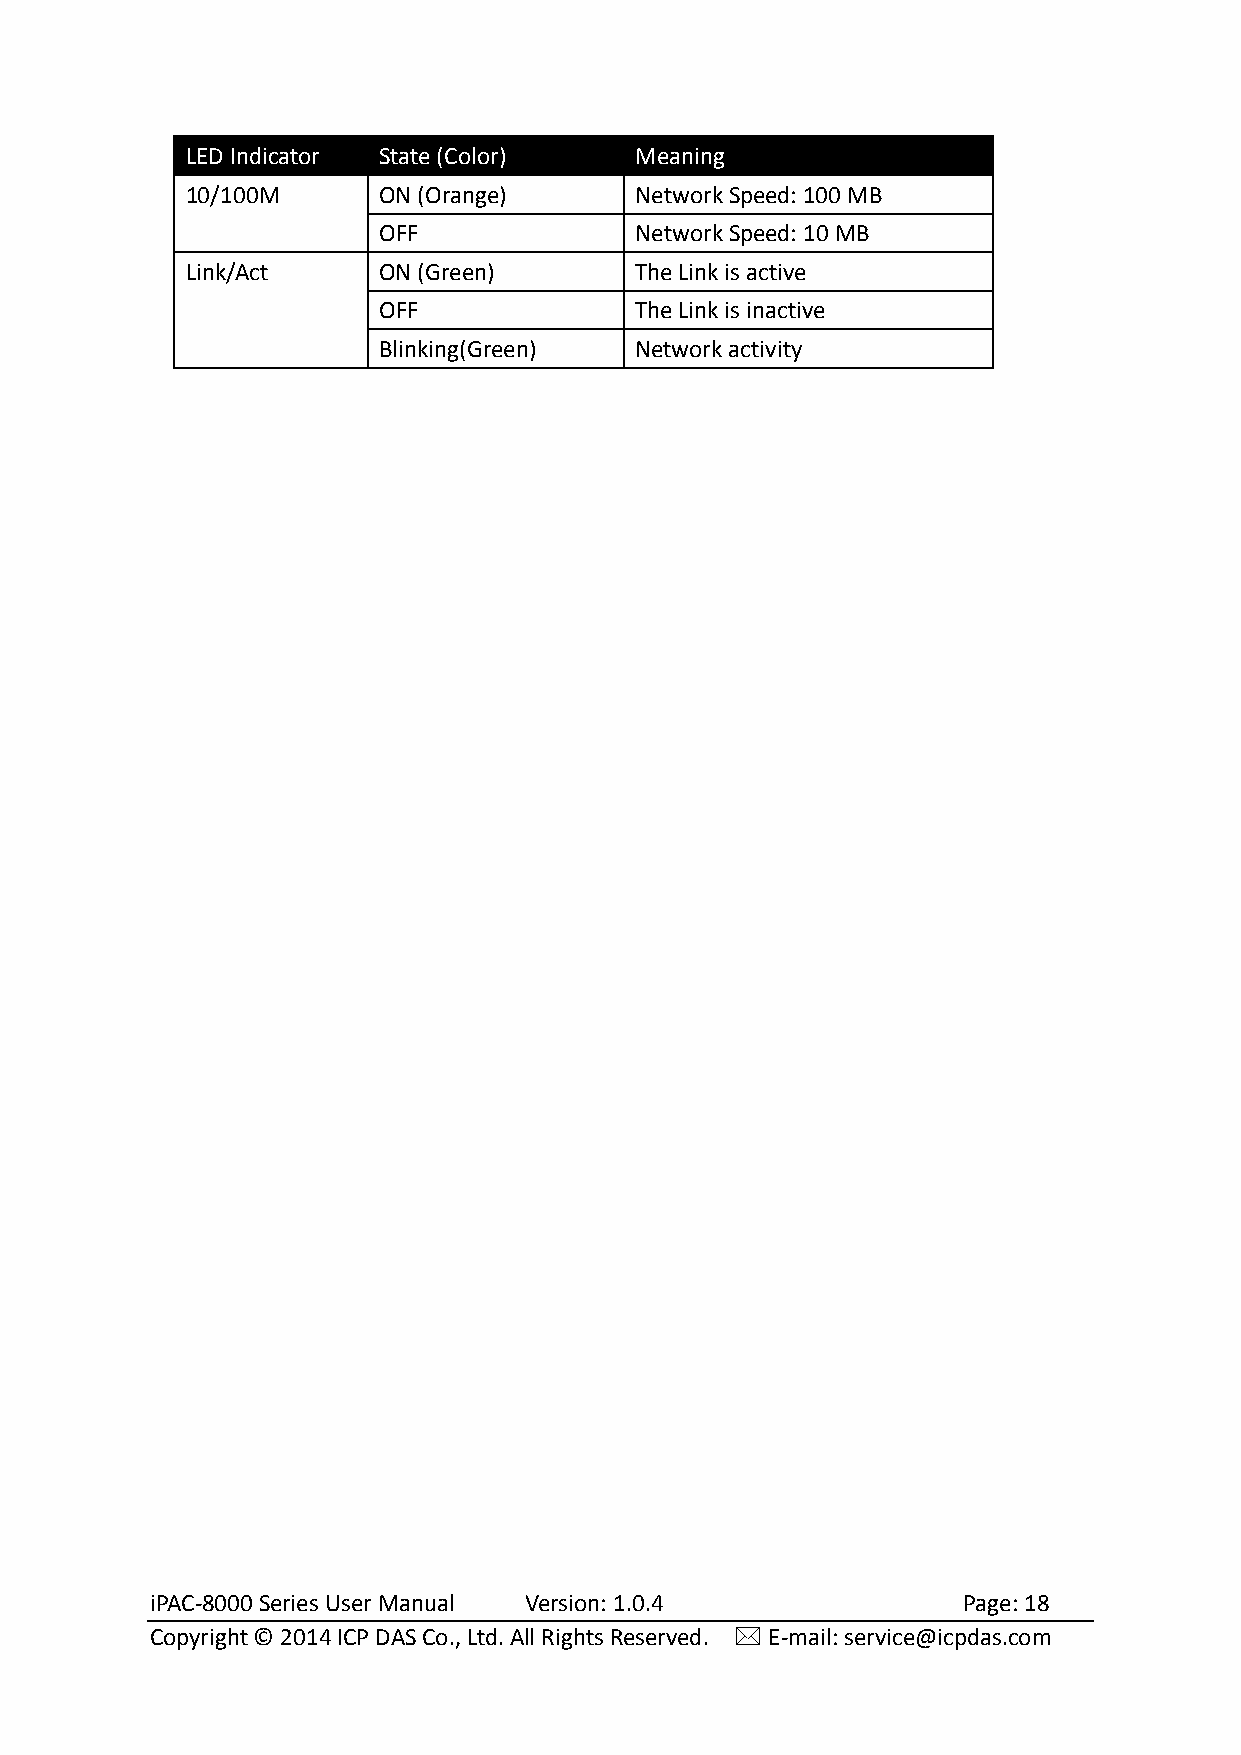
LED Indicator State (Color)   Meaning
 10/100M      ON (Orange)      Network Speed: 100 MB
 OFF              Network Speed: 10 MB
 Link/Act     ON (Green)       The Link is active
 OFF              The Link is inactive
 Blinking(Green)  Network activity
 iPAC-8000 Series User Manual Version: 1.0.4           Page: 18
 Copyright © 2014 ICP DAS Co., Ltd. All Rights Reserved.  E-mail: service@icpdas.com